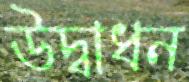
উদ্বাধন